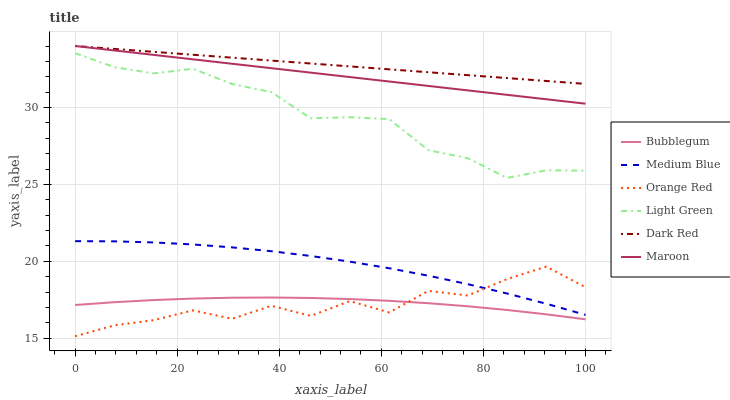
| xaxis_label | Bubblegum | Medium Blue | Orange Red | Light Green | Dark Red | Maroon |
 | --- | --- | --- | --- | --- | --- | --- |
 | 0 | 17.2 | 21.3 | 15.1 | 33.5 | 34 | 34 |
 | 7.69 | 17.3 | 21.3 | 15.8 | 32.6 | 33.8 | 33.7 |
 | 15.4 | 17.5 | 21.2 | 16.2 | 32.2 | 33.6 | 33.4 |
 | 23.1 | 17.6 | 21.1 | 16.8 | 32.5 | 33.4 | 33.1 |
 | 30.8 | 17.6 | 20.9 | 16.3 | 31.5 | 33.2 | 32.8 |
 | 38.5 | 17.6 | 20.7 | 17.1 | 31 | 33.1 | 32.6 |
 | 46.2 | 17.6 | 20.3 | 16.4 | 29.3 | 32.9 | 32.3 |
 | 53.8 | 17.5 | 20 | 17.4 | 29.4 | 32.7 | 32 |
 | 61.5 | 17.4 | 19.5 | 16.7 | 29.2 | 32.5 | 31.7 |
 | 69.2 | 17.3 | 19.1 | 18.1 | 27.2 | 32.3 | 31.4 |
 | 76.9 | 17.1 | 18.5 | 17.8 | 26.7 | 32.1 | 31.1 |
 | 84.6 | 16.8 | 17.9 | 18.8 | 25.4 | 31.9 | 30.8 |
 | 92.3 | 16.5 | 17.2 | 19.7 | 25.9 | 31.7 | 30.5 |
 | 100 | 16.2 | 16.5 | 18.3 | 25.9 | 31.5 | 30.2 |